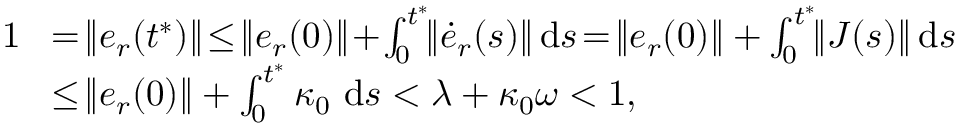
\begin{array} { r l } { 1 \! } & { = \! \| e _ { r } ( t ^ { * } ) \| \! \le \! \| e _ { r } ( 0 ) \| \! + \! \textstyle \int _ { 0 } ^ { t ^ { * } } \! \! \| \dot { e } _ { r } ( s ) \| \! \ \mathrm { d } s \! = \! \| e _ { r } ( 0 ) \| + \textstyle \int _ { 0 } ^ { t ^ { * } } \! \! \| J ( s ) \| \! \ \mathrm { d } s } \\ { \! } & { \le \! \| e _ { r } ( 0 ) \| + \textstyle \int _ { 0 } ^ { t ^ { * } } \kappa _ { 0 } \ \mathrm { d } s < \lambda + \kappa _ { 0 } \omega < 1 , } \end{array}